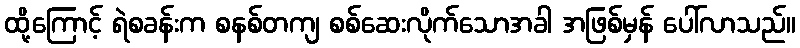
ထို့ကြောင့် ရဲစခန်းက စနစ်တကျ စစ်ဆေးလိုက်သောအခါ အဖြစ်မှန် ပေါ်လာသည်။